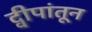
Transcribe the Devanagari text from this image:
द्वीपांतून